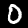
Label: 0